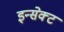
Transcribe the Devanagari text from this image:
इन्सेक्ट